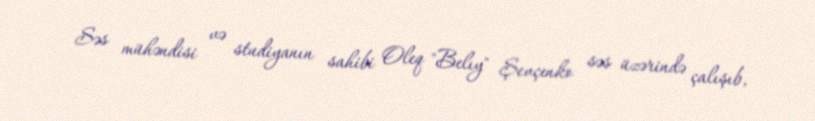
Səs mühəndisi və studiyanın sahibi Oleq "Belıy" Şevçenko səs üzərində çalışıb,